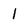
Character: 1